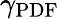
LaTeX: \gamma_{\mathrm{PDF}}